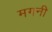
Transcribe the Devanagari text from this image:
मगनी